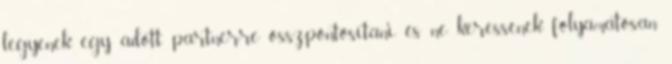
legyenek egy adott partnerre összpontosítani és ne keressenek folyamatosan